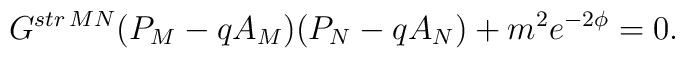
G^{str\,MN}(P_M-qA_M)(P_N-qA_N)+m^2e^{-2\phi}=0.